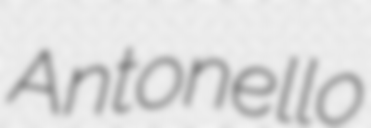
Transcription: Antonello